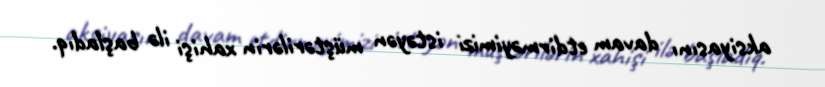
aksiyasını davam etdirməyimizi istəyən müştərilərin xahişi ilə başladıq.